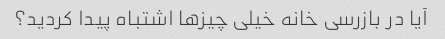
آیا در بازرسی خانه خیلی چیزها اشتباه پیدا کردید؟